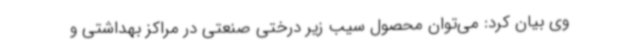
وی بیان کرد: می‌توان محصول سیب زیر درختی صنعتی در مراکز بهداشتی و